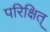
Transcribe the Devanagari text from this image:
परिक्षित्